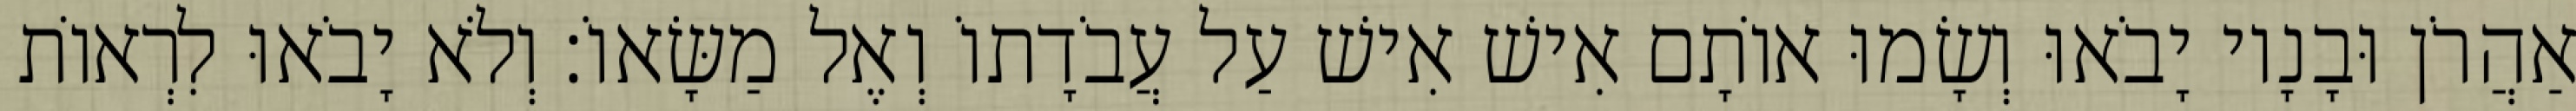
אַהֲרֹן וּבָנָיו יָבֹאוּ וְשָׂמוּ אוֹתָם אִישׁ אִישׁ עַל עֲבֹדָתוֹ וְאֶל מַשָּׂאוֹ׃ וְלֹא יָבֹאוּ לִרְאוֹת